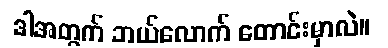
ဒါအတွက် ဘယ်လောက် တောင်းမှာလဲ။